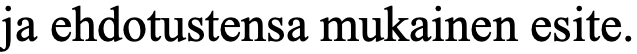
ja ehdotustensa mukainen esite.